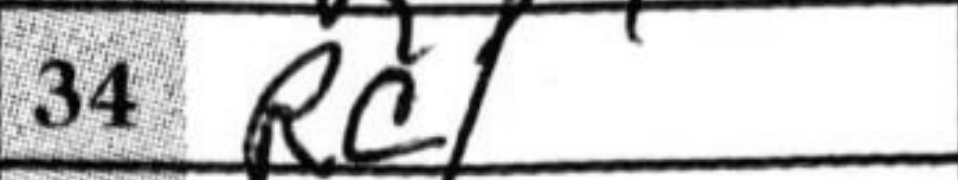
Transcription: Rc1